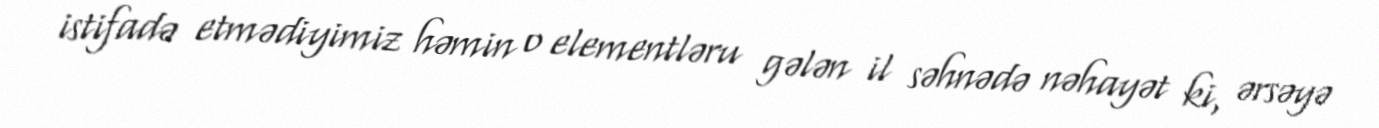
istifadə etmədiyimiz həmin o elementləru gələn il səhnədə nəhayət ki, ərsəyə